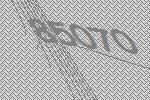
85070